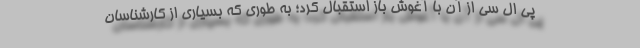
پی ال سی از آن با آغوش باز استقبال کرد؛ به طوری که بسیاری از کارشناسان